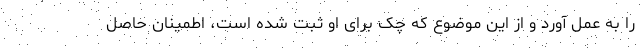
را به عمل آورد و از این موضوع که چک برای او ثبت شده است، اطمینان حاصل